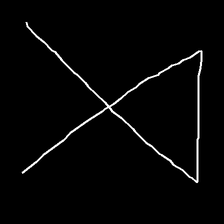
Glyph: collection